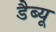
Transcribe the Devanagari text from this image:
डैब्यू